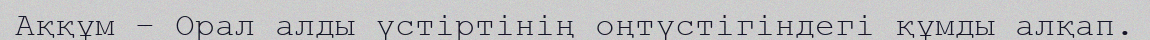
Аққұм – Орал алды үстіртінің оңтүстігіндегі құмды алқап.